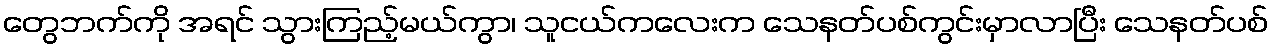
တွေဘက်ကို အရင် သွားကြည့်မယ်ကွာ၊ သူငယ်ကလေးက သေနတ်ပစ်ကွင်းမှာလာပြီး သေနတ်ပစ်